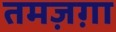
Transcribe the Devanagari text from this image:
तमज़ग़ा